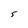
Character: 5